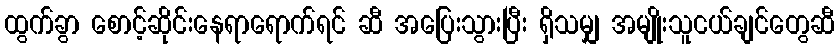
ထွက်ခွာ စောင့်ဆိုင်းနေရာရောက်ရင် ဆီ အပြေးသွားပြီး ရှိသမျှ အမျိုးသူငယ်ချင်တွေဆီ